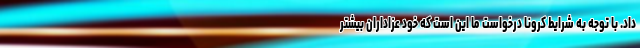
داد. با توجه به شرایط کرونا درخواست ما این است که خود عزاداران بیشتر